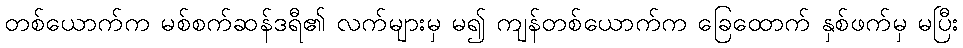
တစ်ယောက်က မစ်စက်ဆန်ဒရီ၏ လက်များမှ မ၍ ကျန်တစ်ယောက်က ခြေထောက် နှစ်ဖက်မှ မပြီး